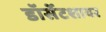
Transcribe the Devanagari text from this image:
डॉर्सेटशायर